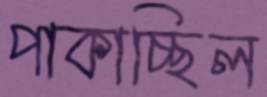
পাকাচ্ছিল